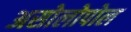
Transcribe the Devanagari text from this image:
असोलोपोल